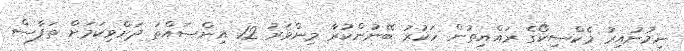
ނިމުނުއިރު މެކްސިކޯގެ ރައްޔިތުން ހަކުރު ބޭނުންކުރާ މިންވަރު 12 އިންސައްތަ ދަށްވިކަމަށް ތަފާސް